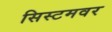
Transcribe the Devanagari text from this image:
सिस्टमवर